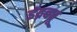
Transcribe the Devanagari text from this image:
इंद्रबधू